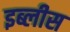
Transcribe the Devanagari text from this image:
इब्लीस